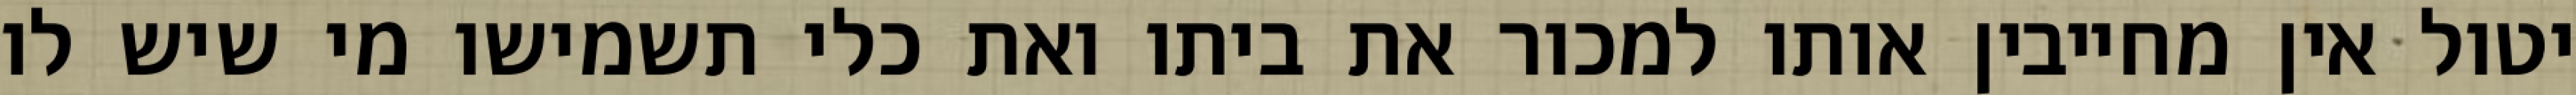
יטול אין מחייבין אותו למכור את ביתו ואת כלי תשמישו מי שיש לו